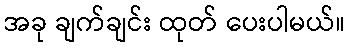
အခု ချက်ချင်း ထုတ် ပေးပါမယ်။